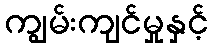
ကျွမ်းကျင်မှုနှင့်